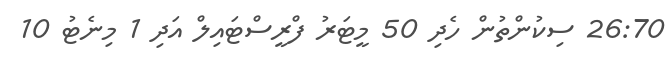
26:70 ސިކުންތުން ހެދި 50 މީޓަރު ފްރީސްޓައިލް އަދި 1 މިނެޓު 10